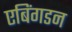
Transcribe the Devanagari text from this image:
एबिंगडन